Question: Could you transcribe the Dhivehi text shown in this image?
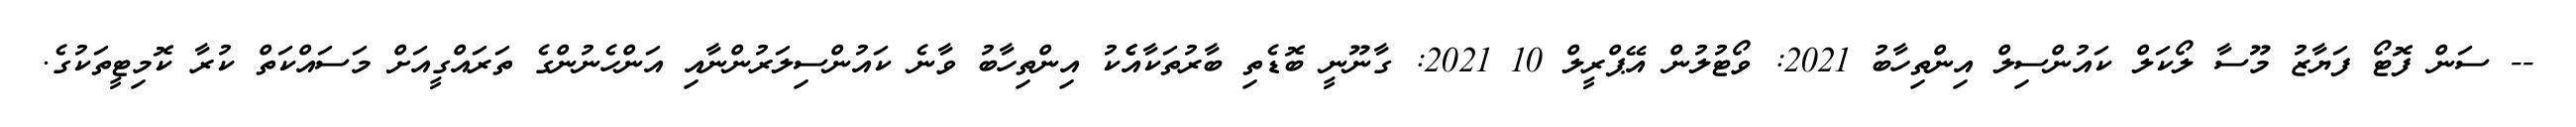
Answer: -- ސަން ފޮޓޯ ފަޔާޒު މޫސާ ލޯކަލް ކައުންސިލް އިންތިހާބު 2021: ވޯޓުލުން އޭޕްރީލް 10 2021: ގާނޫނީ ބޮޑެތި ބާރުތަކާއެެކު އިންތިހާބު ވާނެ ކައުންސިލަރުންނާއި އަންހެނުންގެ ތަރައްގީއަށް މަސައްކަތް ކުރާ ކޮމިޓީތަކުގެ.